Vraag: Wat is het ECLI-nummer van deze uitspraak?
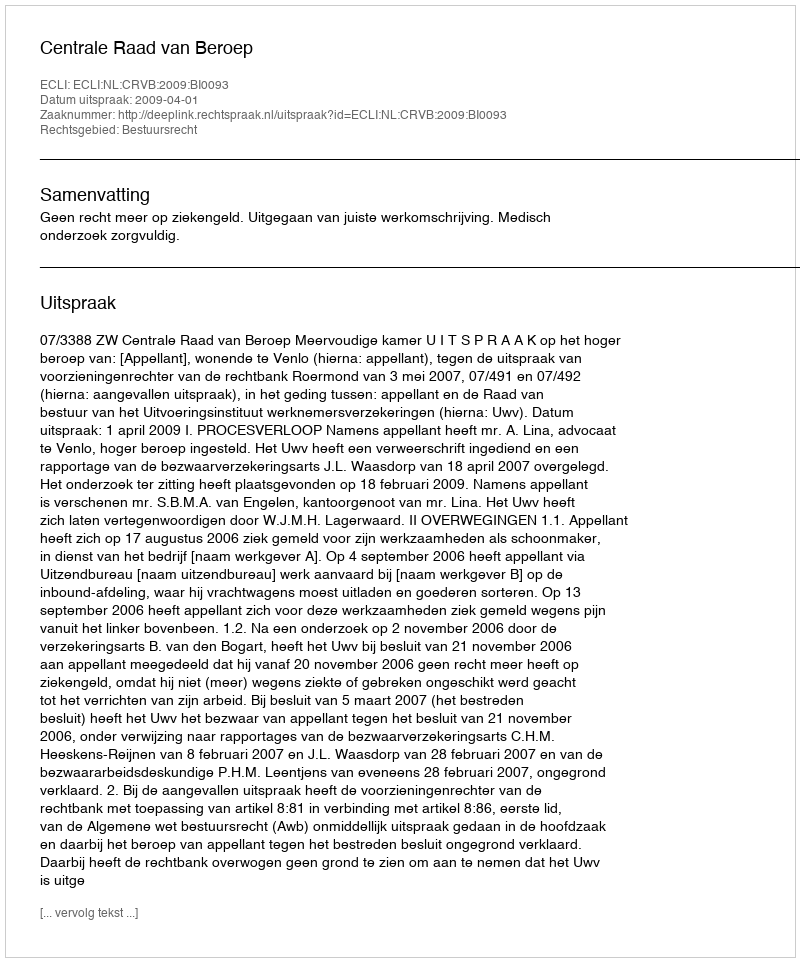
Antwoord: ECLI:NL:CRVB:2009:BI0093